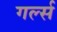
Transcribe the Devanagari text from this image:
गर्ल्‍स